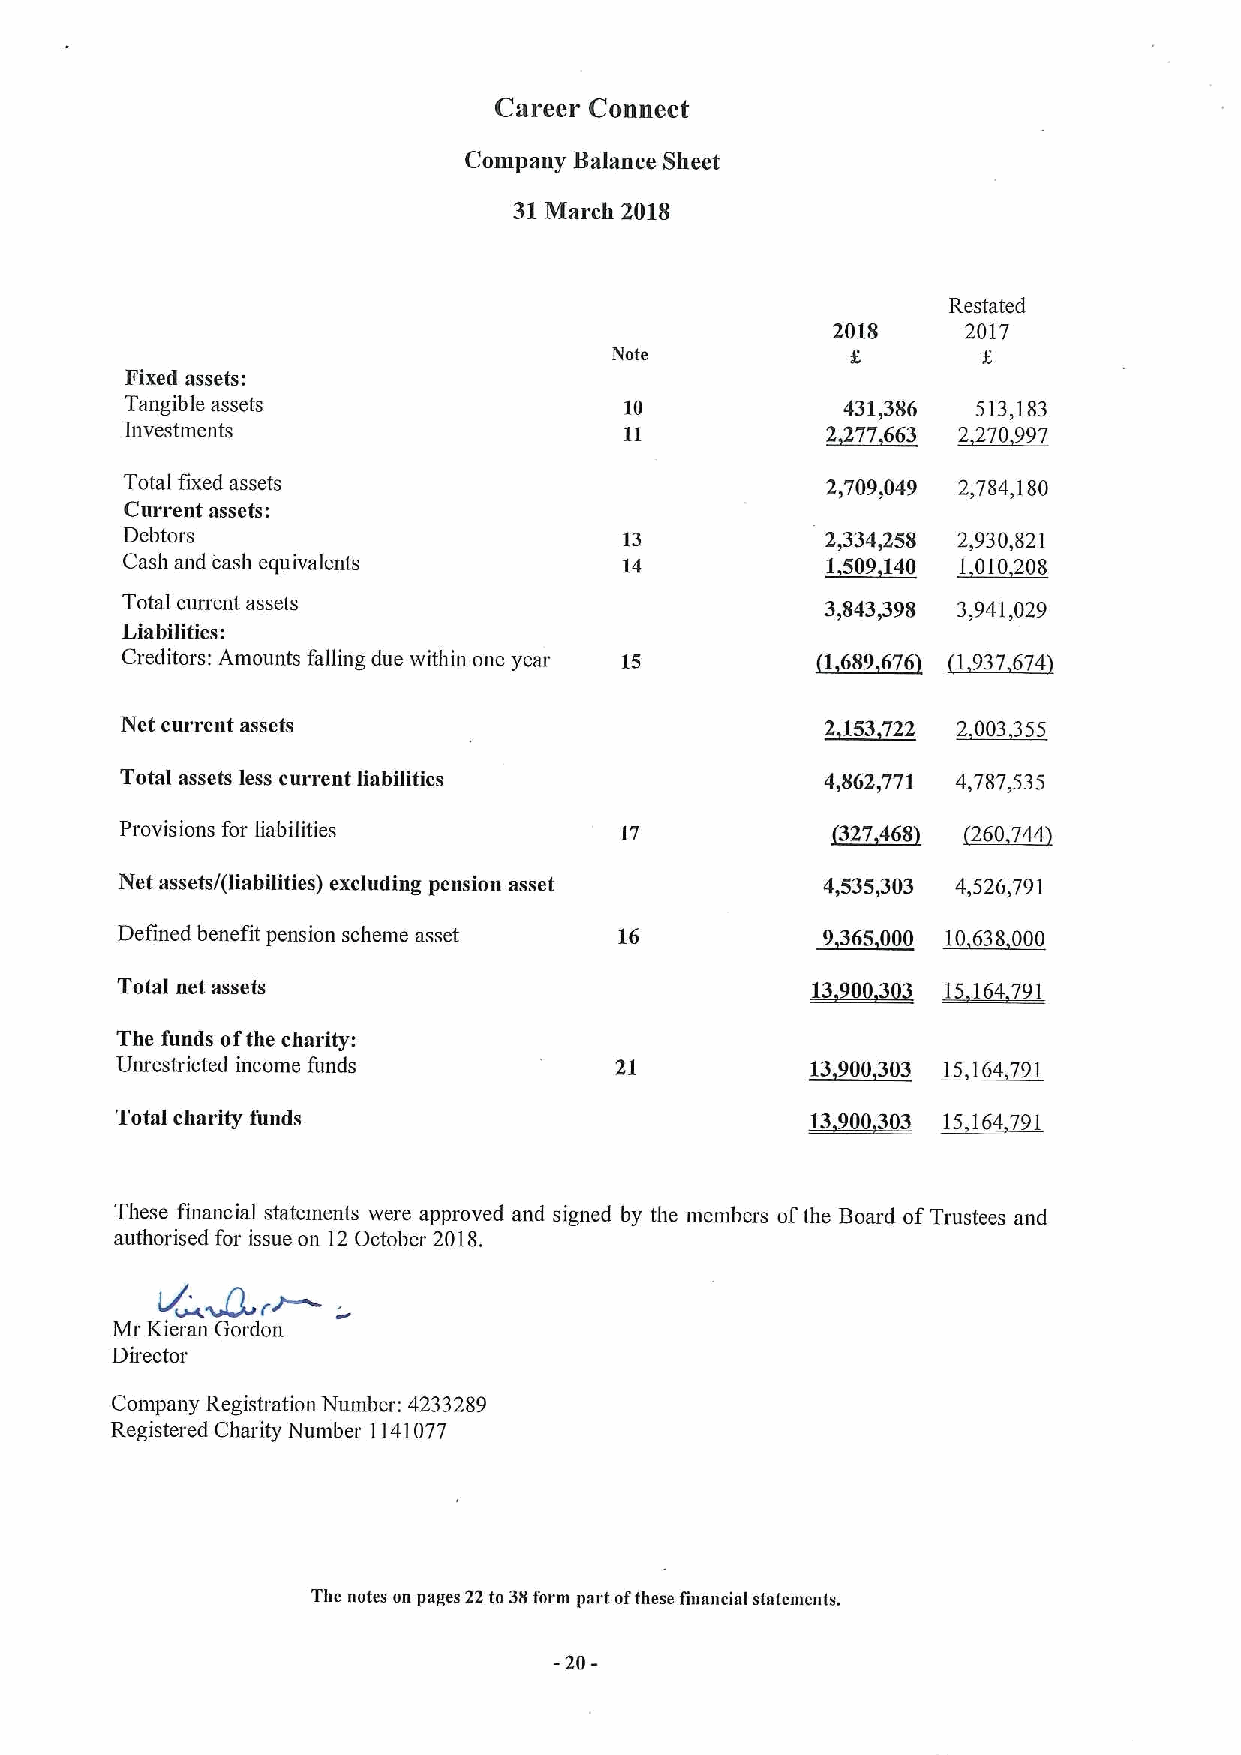
Career Connect
 Company Balance Sheet
 31March 2018
 Restated
 2018     2017
 Note
 Fixed assets:
 Tangible assets                  10             431,386  513,183
 Investments                      11            2~277 663 2 270 997
 Total fixed assets                             2,709,049 2,784,180
 Current assets:
 Debtors                          13            2,334,258 2,930,821
 Cash and cash equivalents        14            ~1509140 I 010208
 Total current assets                           3,843,398 3,941,029
 Liabilities:
 Creditors: Amounts falling due within one year 15 ~5609 676 ~1937674
 Net current assets                             ~2153722 2 003 355
 Total assets less current liabilities          4,862,771 4,787,535
 Provisions for liabilities       17            ~327468  (2260 744
 Net assets/(liabilities) excluding pension asset 4,535,303 4,526,791
 Defined benefit pension scheme asset 16       9365000  I~ 6350110
 Total net assets                              ~100303 15164791
 The funds ofthe charity:
 Unrestricted income funds                     13900303 15 164791
 Total charity funds                           13900303 15 164791
 These financial statements were approved and signed by the members ofthe Board ofTrustees and
 authorised for issue on 12October 2018.
 Mr Kieran Gordon
 Director
 Company Registration Number: 4233289
 Registered Charity Number 1141077
 The notes on pages 22to 3gform part ofthese financial statements.
 -20